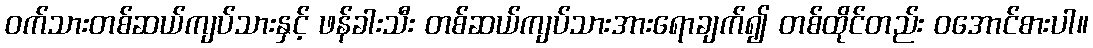
ဝက်သားတစ်ဆယ်ကျပ်သားနှင့် ဖန်ခါးသီး တစ်ဆယ်ကျပ်သားအားရောချက်၍ တစ်ထိုင်တည်း ဝအောင်စားပါ။